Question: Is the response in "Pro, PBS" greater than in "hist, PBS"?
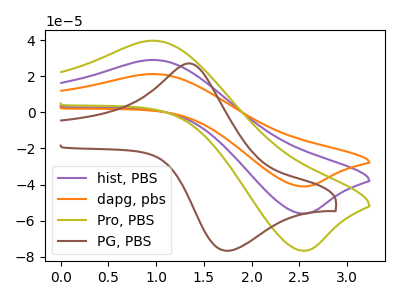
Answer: <think>The purple curve "hist, PBS" has an anodic peak at (0.95V, 29.10uA) and a cathodic peak at (2.55V, -56.15uA). The orange curve "dapg, pbs" has an anodic peak at (0.95V, 58.20uA) and a cathodic peak at (2.55V, -112.30uA). The olive curve "Pro, PBS" has an anodic peak at (0.95V, 39.80uA) and a cathodic peak at (2.55V, -76.75uA). The brown curve "PG, PBS" has an anodic peak at (1.40V, 26.85uA) and a cathodic peak at (1.75V, -76.75uA).
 All the peaks in "Pro, PBS" have a peak in "hist, PBS" at the same potential. Every peak in "Pro, PBS" is higher than every peak in "hist, PBS".</think>
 <answer>"Pro, PBS" has more signal than "hist, PBS".</answer>
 <eval>more_signal</eval>